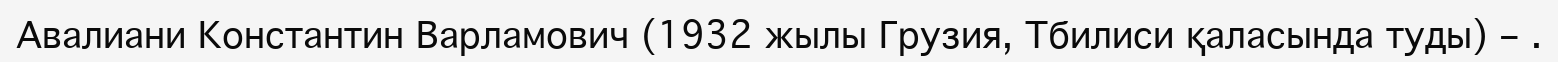
Авалиани Константин Варламович (1932 жылы Грузия, Тбилиси қаласында туды) – .